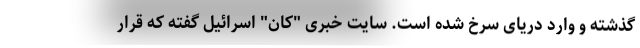
گذشته و وارد دریای سرخ شده است. سایت خبری "کان" اسرائیل گفته که قرار